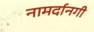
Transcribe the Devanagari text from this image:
नामर्दानगी